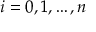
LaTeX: i = 0 , 1 , \dots , n